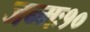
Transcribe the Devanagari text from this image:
जन्मः१०